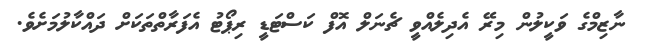
ނާޒިމްގެ ވަކީލުން މިރޭ އެދިލެއްވީ ޗެނަލް އޮފް ކަސްޓަޑީ ރިޕޯޓު އެފަރާތްތަކަށް ދައްކާލުމަށެވެ.